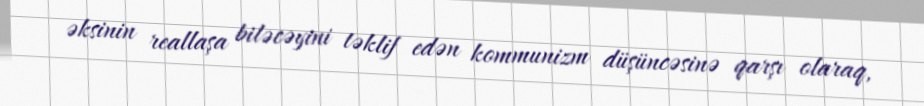
əksinin reallaşa biləcəyini təklif edən kommunizm düşüncəsinə qarşı olaraq,